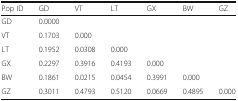
| Pop ID | GD | VT | LT | GX | BW | GZ |
 | --- | --- | --- | --- | --- | --- | --- |
 | GD | 0.0000 |  |  |  |  |  |
 | VT | 0.1703 | 0.000 |  |  |  |  |
 | LT | 0.1952 | 0.0308 | 0.000 |  |  |  |
 | GX | 0.2297 | 0.3916 | 0.4193 | 0.000 |  |  |
 | BW | 0.1861 | 0.0215 | 0.0454 | 0.3991 | 0.000 |  |
 | GZ | 0.3011 | 0.4793 | 0.5120 | 0.0669 | 0.4895 | 0.000 |